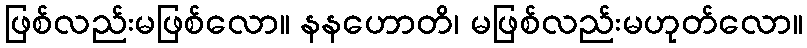
ဖြစ်လည်းမဖြစ်လော။ နနဟောတိ၊ မဖြစ်လည်းမဟုတ်လော။